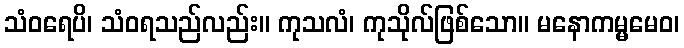
သံဝရေပိ၊ သံဝရသည်လည်း။ ကုသလံ၊ ကုသိုလ်ဖြစ်သော။ မနောကမ္မမေဝ၊